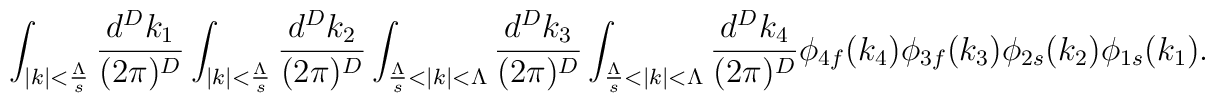
\int_{|k|<\frac{\Lambda}{s}}\frac{d^D k_1}{(2\pi)^D}\int_{|k|<\frac{\Lambda}{s}}\frac{d^D k_2}{(2\pi)^D}\int_{\frac{\Lambda}{s}<|k|<\Lambda}\frac{d^D k_3}{(2\pi)^D}\int_{\frac{\Lambda}{s}<|k|<\Lambda}\frac{d^D k_4}{(2\pi)^D}\phi_{4f}(k_4)\phi_{3f}(k_3)\phi_{2s}(k_2)\phi_{1s}(k_1).